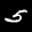
Label: 5